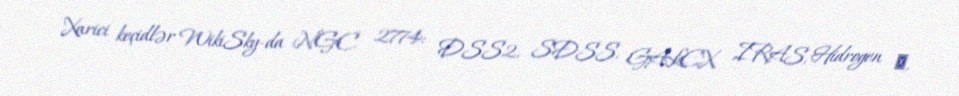
Xarici keçidlər WikiSky-da NGC 2774: DSS2, SDSS, GALEX, IRAS, Hidrogen α,